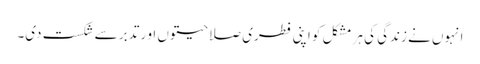
انہوں نے زندگی کی ہر مشکل کو اپنی فطری صلاحیتوں او ر تدبر سے شکست دی۔